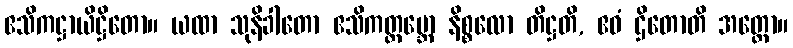
ဧသိကဋ္ဌာယိဋ္ဌိတော။ ယထာ သုနိခါတော ဧသိကတ္ထမ္ဘော နိစ္စလော တိဋ္ဌတိ, ဧဝံ ဌိတောတိ အတ္ထော။